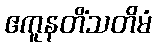
ဧကူနတိံသတိမံ